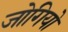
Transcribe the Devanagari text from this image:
जोगियो